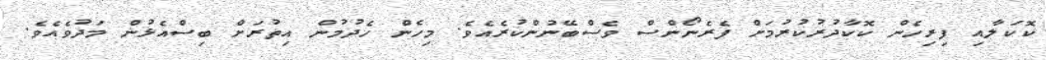
ކޮކަލާއި ފިރިހެން ކޮކާދުރުކުރުމަށް ފެރެނޯންސް ވެސްބޭނުންކުރެއެވެ. މިހެން ހެދުމުން އިތުރަށް ބިސްއެޅުން މަދުވެއެވެ.